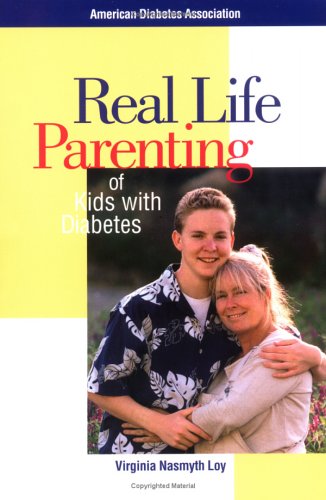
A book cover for Real Life Parenting of Kids with Diabetes; Virginia Loy; Health, Fitness & Dieting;